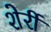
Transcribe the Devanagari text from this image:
शेर्री